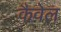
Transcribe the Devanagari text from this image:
कैवेल